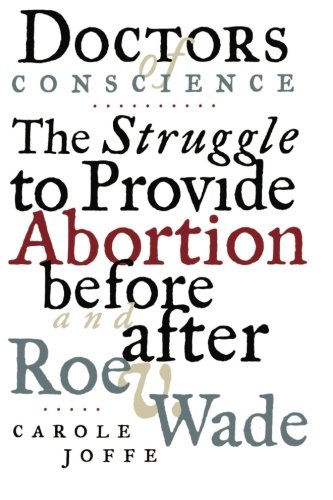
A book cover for Doctors of Conscience: The Struggle to Provide Abortion Before and After Roe V. Wade; Carole E. Joffe; Politics & Social Sciences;